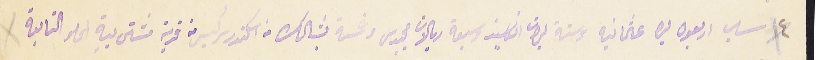
٤ سلب اربعون ليره عثمانيه وستة ليرات انكليز وسبعة ريالات مجيدى وخمسة بشالك من اسكندر سركيس من قرية مشتى بيةِ الحلو التابعة